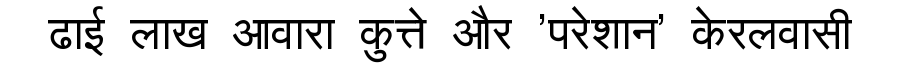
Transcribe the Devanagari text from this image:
ढाई लाख आवारा कुत्ते और 'परेशान' केरलवासी